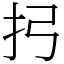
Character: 㧈